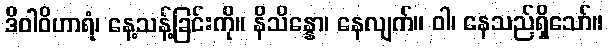
ဒိဝါဝိဟာရံ၊ နေ့သန့်ခြင်းကို။ နိသိန္နော၊ နေလျက်။ ဝါ၊ နေသည်ရှိသော်။